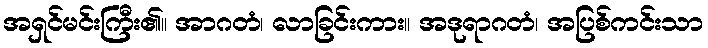
အရှင်မင်းကြီး၏။ အာဂတံ၊ လာခြင်းကား။ အဒုရာဂတံ၊ အပြစ်ကင်းသာ